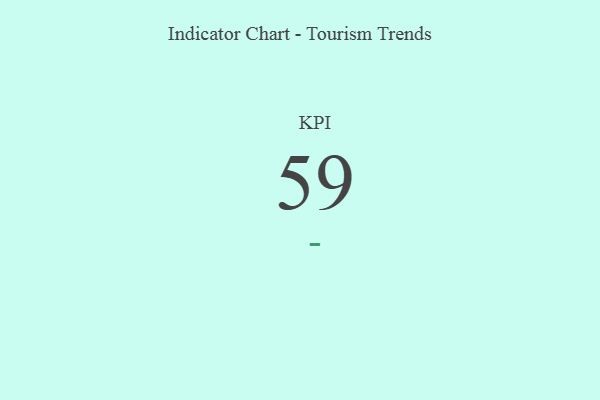
{"axis": {"x": "KPI", "y": "Value"}, "legend": [""], "data": [{"x": "KPI", "y": 59, "type": ""}]}